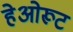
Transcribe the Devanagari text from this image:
हेओरूट